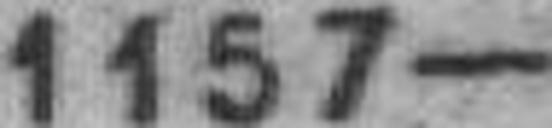
1157—